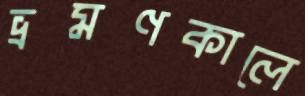
ভ্রমণকালে